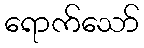
ရောက်သော်